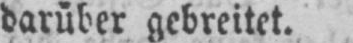
darüber gebreitet.